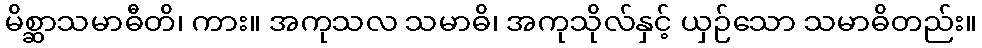
မိစ္ဆာသမာဓီတိ၊ ကား။ အကုသလ သမာဓိ၊ အကုသိုလ်နှင့် ယှဉ်သော သမာဓိတည်း။